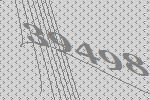
39498